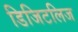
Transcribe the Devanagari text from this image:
डिजिटलिज